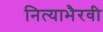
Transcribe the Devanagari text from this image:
नित्याभैरवी